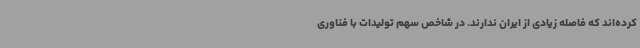
کرده‌اند که فاصله زیادی از ایران ندارند. در شاخص سهم تولیدات با فناوری